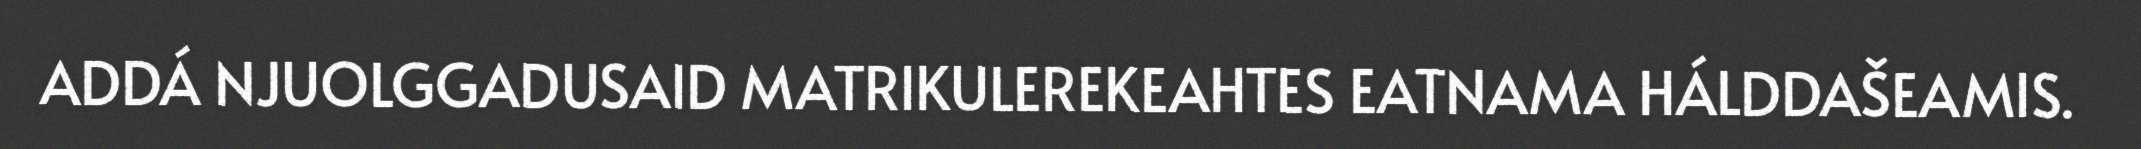
ADDÁ NJUOLGGADUSAID MATRIKULEREKEAHTES EATNAMA HÁLDDAŠEAMIS.